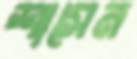
শাসেন